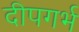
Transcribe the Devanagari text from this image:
दीपगर्भ